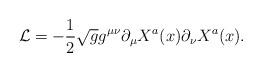
LaTeX: \begin{align*}{\cal L}=-\frac{1}{2}\sqrt{g}g^{\mu\nu}\partial_{\mu}X^{a}(x)\partial_{\nu}X^{a}(x).\end{align*}